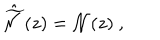
LaTeX: \hat { \widetilde { \cal N } } ( z ) = { \cal N } ( z ) \ ,